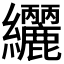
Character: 𮉟